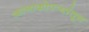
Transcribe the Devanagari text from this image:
कानाकोपर्‍यांतून